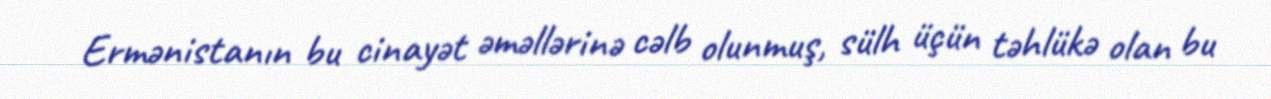
Ermənistanın bu cinayət əməllərinə cəlb olunmuş, sülh üçün təhlükə olan bu